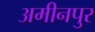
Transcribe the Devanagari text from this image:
अमीनपुर